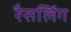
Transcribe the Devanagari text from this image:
रैसलिंग